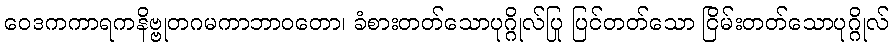
ဝေဒကကာရကနိဗ္ဗုတဂမကာဘာဝတော၊ ခံစားတတ်သောပုဂ္ဂိုလ်ပြု ပြင်တတ်သော ငြိမ်းတတ်သောပုဂ္ဂိုလ်